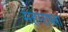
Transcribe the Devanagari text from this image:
महाराष्त्रा